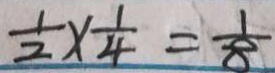
\frac { 1 } { 2 } \times \frac { 1 } { 4 } = \frac { 1 } { 8 }